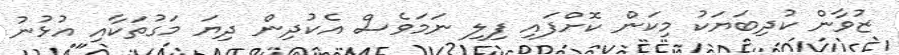
ޒުވާން ކުދިބަޔަކު މިކަން ކޮށްފައި ފިލި ނަމަވެސް އެކުދިން ދިޔަ މަގުތަކާއި އުޅުނު